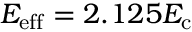
E _ { \mathrm { e f f } } = 2 . 1 2 5 E _ { \mathrm { c } }